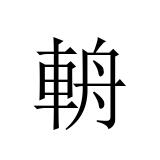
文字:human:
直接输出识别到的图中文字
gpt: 輈